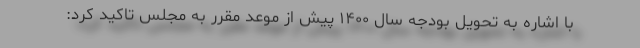
با اشاره به تحویل بودجه سال ۱۴۰۰ پیش از موعد مقرر به مجلس تاکید کرد: